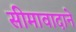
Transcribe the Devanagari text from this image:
सीमावादाने